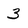
Character: 3